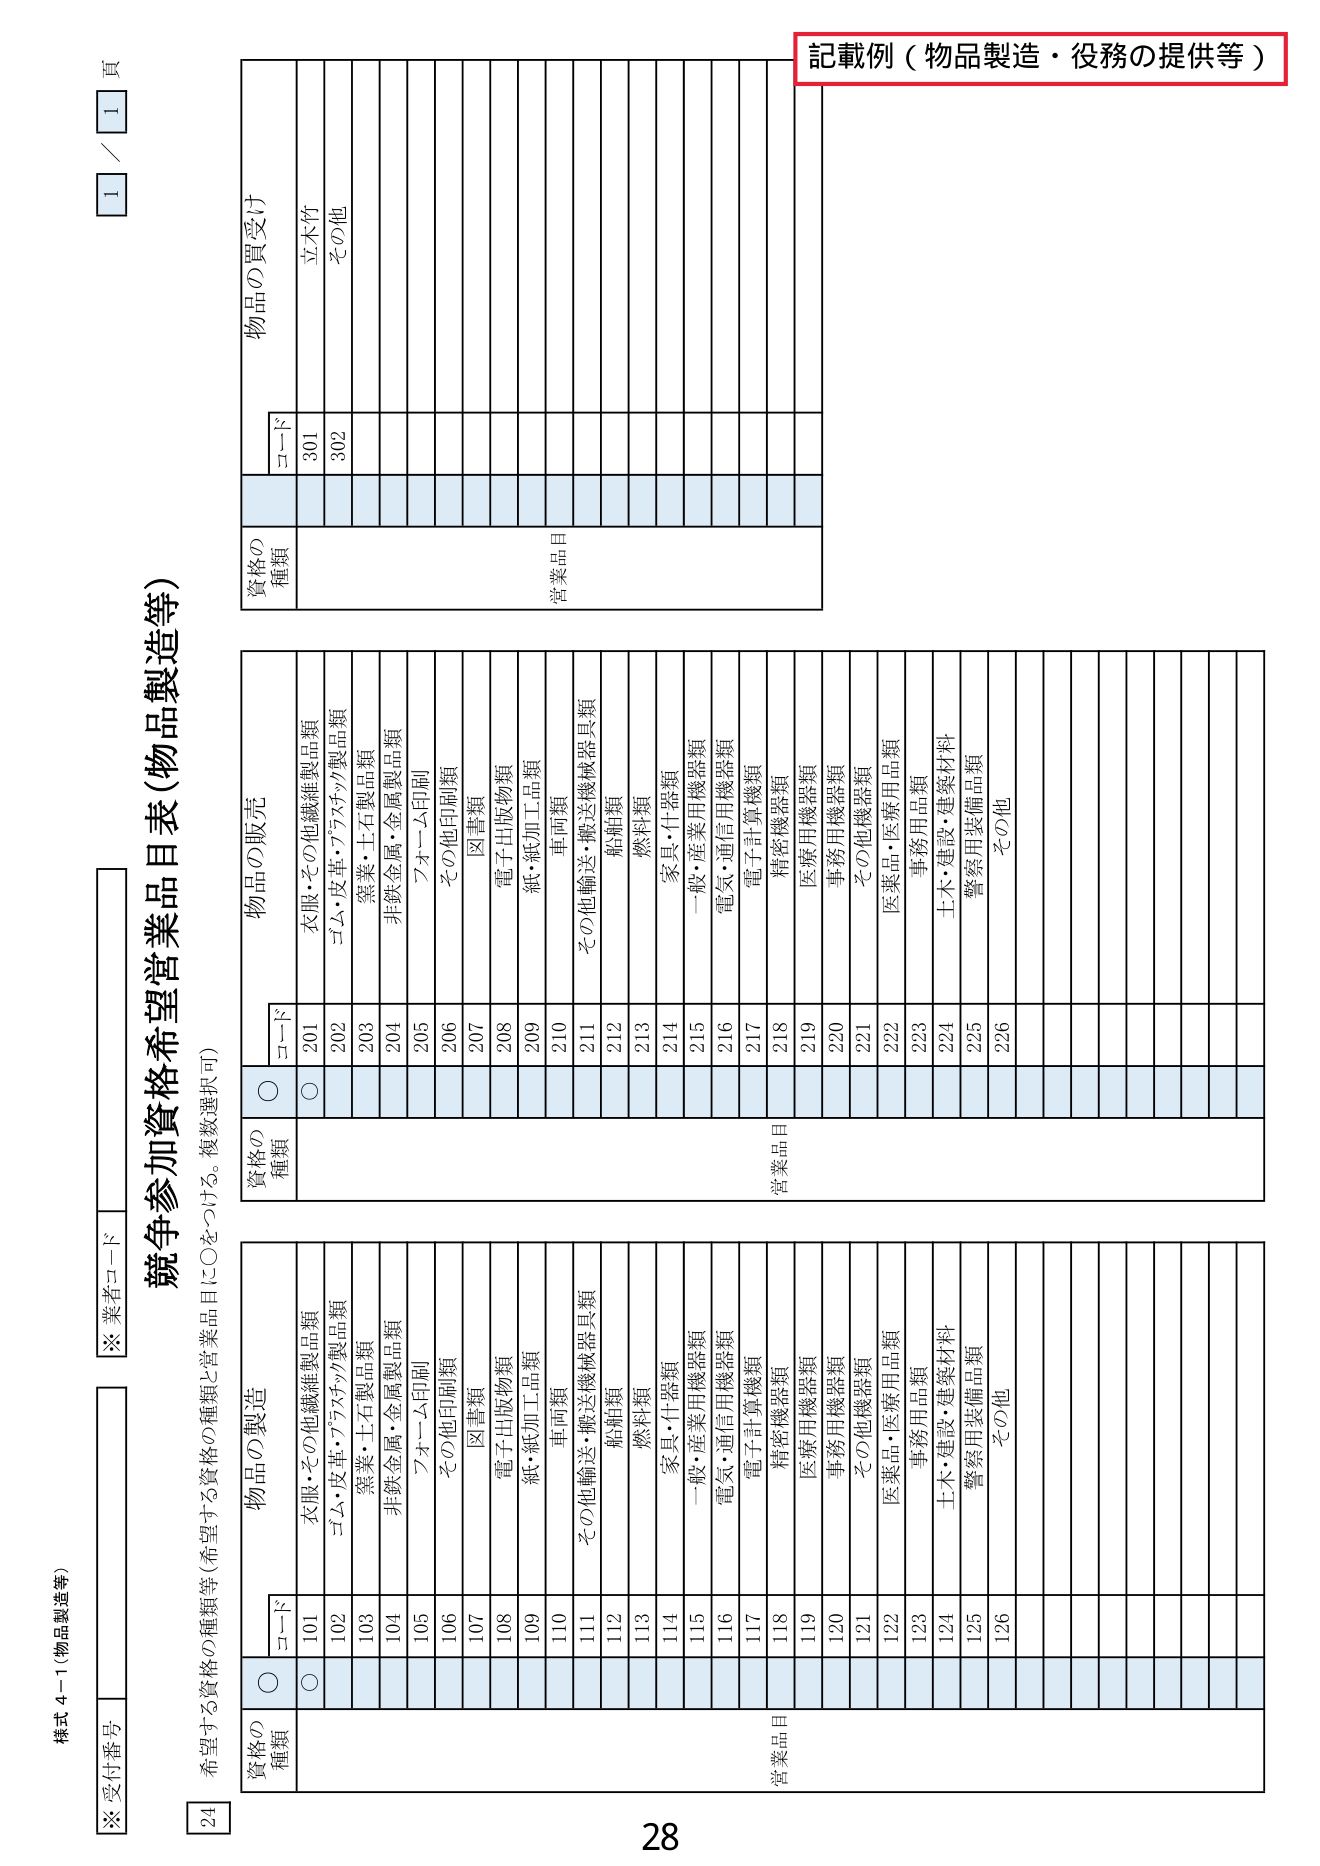
様式 4-1（物品製造等）

※受付番号

※業者コード

競争参加資格希望営業品目表（物品製造等）

希望する資格の種類等（希望する資格の種類と営業品目に〇をつける。複数選択可）

資格の
種類
コード
物品の製造
物品の販売
物品の買受け
営業品目
営業品目
営業品目

〇
コード
〇
コード
〇
コード

101
衣服・その他繊維製品類
201
衣服・その他繊維製品類
301
立木竹

102
ゴム・皮革・プラスチック製品類
202
ゴム・皮革・プラスチック製品類
302
その他

103
窯業・土石製品類
203
窯業・土石製品類

104
非鉄金属・金属製品類
204
非鉄金属・金属製品類

105
フォーム印刷
205
フォーム印刷

106
その他印刷類
206
その他印刷類

107
図書類
207
図書類

108
電子出版物類
208
電子出版物類

109
紙・紙加工品類
209
紙・紙加工品類

110
車両類
210
車両類

111
その他輸送・搬送機械器具類
211
その他輸送・搬送機械器具類

112
船舶類
212
船舶類

113
燃料類
213
燃料類

114
家具・什器類
214
家具・什器類

115
一般・産業用機器類
215
一般・産業用機器類

116
電気・通信用機器類
216
電気・通信用機器類

117
電子計算機類
217
電子計算機類

118
精密機器類
218
精密機器類

119
医療用機器類
219
医療用機器類

120
事務用機器類
220
事務用機器類

121
その他機器類
221
その他機器類

122
医薬品・医療用品類
222
医薬品・医療用品類

123
事務用品類
223
事務用品類

124
土木・建設・建築材料
224
土木・建設・建築材料

125
警察用装備品類
225
警察用装備品類

126
その他
226
その他

記載例（物品製造・役務の提供等）

1 / 1 頁

28